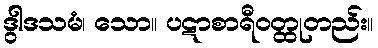
ဒွါဒသမံ၊ သော။ ပဋာစာရီဝတ္ထုတည်း။